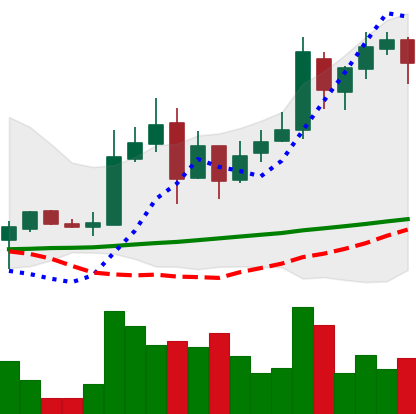
Ticker: LTC-USD
Chart end date: 2017-11-21
Forward return: 22.703%
Label: up_7plus